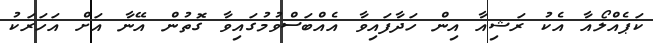
ކަޕެއްލޯއާ އެކު ރަޝިއާ އިން ހަދާފައިވާ އެއްބަސްވުމުގައިވާ ގޮތުން އޭނާ އަށް އަހަރަކު